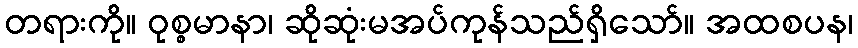
တရားကို။ ဝုစ္စမာနာ၊ ဆိုဆုံးမအပ်ကုန်သည်ရှိသော်။ အထစပန၊